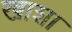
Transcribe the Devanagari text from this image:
खाशा